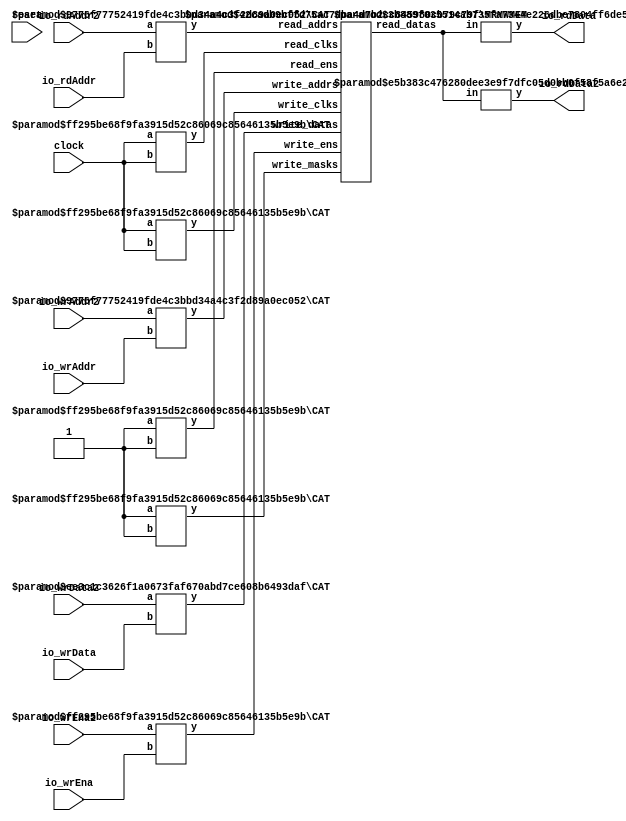
module Complex2R2WSMem(
    input clock,
    input reset,
    input [3:0] io_rdAddr,
    output [7:0] io_rdData,
    input [3:0] io_rdAddr2,
    output [7:0] io_rdData2,
    input io_wrEna,
    input [7:0] io_wrData,
    input [3:0] io_wrAddr,
    input io_wrEna2,
    input [7:0] io_wrData2,
    input [3:0] io_wrAddr2
);
    wire [7:0] mem__T_27_data;
    wire mem__T_27_clk;
    wire mem__T_27_en;
    wire [3:0] mem__T_27_addr;
    wire [7:0] mem__T_28_data;
    wire mem__T_28_clk;
    wire mem__T_28_en;
    wire [3:0] mem__T_28_addr;
    wire mem__T_29_clk;
    wire mem__T_29_en;
    wire mem__T_29_mask;
    wire [3:0] mem__T_29_addr;
    wire [7:0] mem__T_29_data;
    wire mem__T_30_clk;
    wire mem__T_30_en;
    wire mem__T_30_mask;
    wire [3:0] mem__T_30_addr;
    wire [7:0] mem__T_30_data;
    wire [15:0] mem_read_datas;
    wire [1:0] mem_read_clks;
    wire [1:0] mem_read_ens;
    wire [7:0] mem_read_addrs;
    wire [1:0] mem_write_clks;
    wire [1:0] mem_write_ens;
    wire [1:0] mem_write_masks;
    wire [7:0] mem_write_addrs;
    wire [15:0] mem_write_datas;
    BITS #(.width(16), .high(7), .low(0)) bits_1 (
        .y(mem__T_27_data),
        .in(mem_read_datas)
    );
    BITS #(.width(16), .high(15), .low(8)) bits_2 (
        .y(mem__T_28_data),
        .in(mem_read_datas)
    );
    CAT #(.width_a(1), .width_b(1)) cat_3 (
        .y(mem_read_clks),
        .a(mem__T_28_clk),
        .b(mem__T_27_clk)
    );
    CAT #(.width_a(1), .width_b(1)) cat_4 (
        .y(mem_read_ens),
        .a(mem__T_28_en),
        .b(mem__T_27_en)
    );
    CAT #(.width_a(4), .width_b(4)) cat_5 (
        .y(mem_read_addrs),
        .a(mem__T_28_addr),
        .b(mem__T_27_addr)
    );
    CAT #(.width_a(8), .width_b(8)) cat_6 (
        .y(mem_write_datas),
        .a(mem__T_30_data),
        .b(mem__T_29_data)
    );
    CAT #(.width_a(1), .width_b(1)) cat_7 (
        .y(mem_write_clks),
        .a(mem__T_30_clk),
        .b(mem__T_29_clk)
    );
    CAT #(.width_a(1), .width_b(1)) cat_8 (
        .y(mem_write_ens),
        .a(mem__T_30_en),
        .b(mem__T_29_en)
    );
    CAT #(.width_a(4), .width_b(4)) cat_9 (
        .y(mem_write_addrs),
        .a(mem__T_30_addr),
        .b(mem__T_29_addr)
    );
    CAT #(.width_a(1), .width_b(1)) cat_10 (
        .y(mem_write_masks),
        .a(mem__T_30_mask),
        .b(mem__T_29_mask)
    );
    MRMWMEM #(.depth(16), .addrbits(4), .width(8), .readernum(2), .writernum(2), .isSyncRead(1)) mem (
        .read_datas(mem_read_datas),
        .read_clks(mem_read_clks),
        .read_ens(mem_read_ens),
        .read_addrs(mem_read_addrs),
        .write_clks(mem_write_clks),
        .write_ens(mem_write_ens),
        .write_masks(mem_write_masks),
        .write_addrs(mem_write_addrs),
        .write_datas(mem_write_datas)
    );
    assign mem__T_27_addr = io_rdAddr;
    assign mem__T_27_en = 1'h1;
    assign mem__T_27_clk = clock;
    assign mem__T_28_addr = io_rdAddr2;
    assign mem__T_28_en = 1'h1;
    assign mem__T_28_clk = clock;
    assign mem__T_29_addr = io_wrAddr;
    assign mem__T_29_en = io_wrEna;
    assign mem__T_29_clk = clock;
    assign mem__T_29_mask = 1'h1;
    assign mem__T_30_addr = io_wrAddr2;
    assign mem__T_30_en = io_wrEna2;
    assign mem__T_30_clk = clock;
    assign mem__T_30_mask = 1'h1;
    assign io_rdData = mem__T_27_data;
    assign io_rdData2 = mem__T_28_data;
    assign mem__T_29_data = io_wrData;
    assign mem__T_30_data = io_wrData2;
endmodule //Complex2R2WSMem
module BITS(y, in);
    parameter width = 4;
    parameter high = 2;
    parameter low = 0;
    output [high-low:0] y;
    input [width-1:0] in;
    assign y = in[high:low];
endmodule // BITS
module CAT(y, a, b);
    parameter width_a = 4;
    parameter width_b = 4;
    output [width_a+width_b-1:0] y;
    input [width_a-1:0] a;
    input [width_b-1:0] b;
    assign y = {a, b};
endmodule // CAT
module MRMWMEM(read_datas, read_clks, read_ens, read_addrs, write_clks, write_ens, write_masks, write_addrs, write_datas);
    parameter depth = 16;
    parameter addrbits = 4;
    parameter width = 32;
    parameter readernum = 2;
    parameter writernum = 2;
    parameter isSyncRead = 0;
    output [(width*readernum-1):0] read_datas;
    input [(1*readernum-1):0] read_clks;
    input [(1*readernum-1):0] read_ens;
    input [(addrbits*readernum-1):0] read_addrs;
    input [1*writernum-1:0] write_clks;
    input [1*writernum-1:0] write_ens;
    input [1*writernum-1:0] write_masks;
    input [(addrbits*writernum-1):0] write_addrs;
    input [(width*writernum-1):0] write_datas;
    reg [width-1:0] memcore [0:depth-1];
    wire [(addrbits*readernum-1):0] final_read_addrs;
    genvar gv_n;
    generate
        for (gv_n = 0; gv_n < readernum; gv_n = gv_n + 1) begin: get_final_raddrs
            if (isSyncRead) begin: raddr_processor
                reg [addrbits-1:0] read_addr_pipe_0;
                always @(posedge read_clks[gv_n]) begin
                    if (read_ens[gv_n]) begin
                        read_addr_pipe_0 <= read_addrs[gv_n*addrbits +: addrbits];
                    end
                end
                assign final_read_addrs[gv_n*addrbits +: addrbits] = read_addr_pipe_0;
            end else begin: raddr_processor
                assign final_read_addrs[gv_n*addrbits +: addrbits] = read_addrs[gv_n*addrbits +: addrbits];
            end
        end
    endgenerate
    genvar gv_k;
    generate
        for (gv_k = 0; gv_k < readernum; gv_k = gv_k + 1) begin: form_read_datas
            assign read_datas[gv_k*width +: width] = memcore[final_read_addrs[gv_k*addrbits +: addrbits]];
        end
    endgenerate
    integer i;
    always @(posedge write_clks[0]) begin
        for (i = 0; i < writernum; i = i + 1) begin
            if (write_ens[i] & write_masks[i]) begin
                memcore[write_addrs[i*addrbits +: addrbits]] <= write_datas[i*width +: width];
            end
        end
    end
endmodule // MRMWMEM